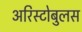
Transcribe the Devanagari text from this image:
अरिस्टोबुलस